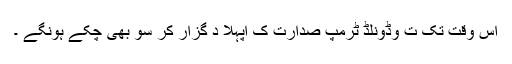
اس وقت تک ت وڈونلڈ ٹرمپ صدارت ک اپہلا د گزار کر سو بھی چکے ہونگے ۔